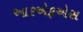
આરએફએસ